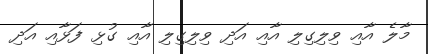
މާލެ އާއި ވިލިގިލި އާއި އަދި ވިލިގިލި އާއި ގުޅި ފަޅާއި އަދި